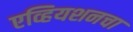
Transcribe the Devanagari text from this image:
एव्हियशनचा